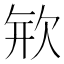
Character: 𣢴